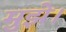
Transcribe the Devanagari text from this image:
मुझे।